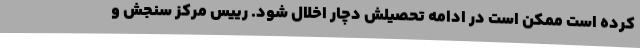
کرده است ممکن است در ادامه تحصیلش دچار اخلال شود. رییس مرکز سنجش و